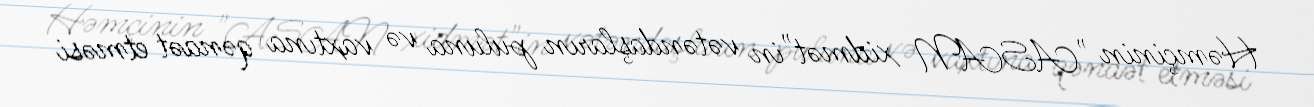
Həmçinin "ASAN xidmət"in vətəndaşların puluna və vaxtına qənaət etməsi